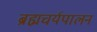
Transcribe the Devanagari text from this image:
ब्रह्मचर्यपालन